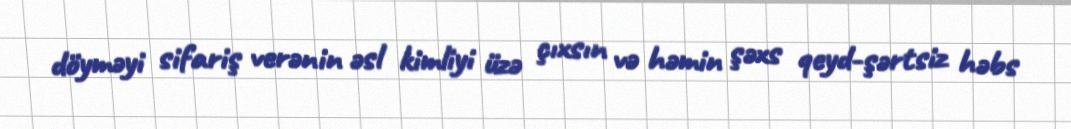
döyməyi sifariş verənin əsl kimliyi üzə çıxsın və həmin şəxs qeyd-şərtsiz həbs